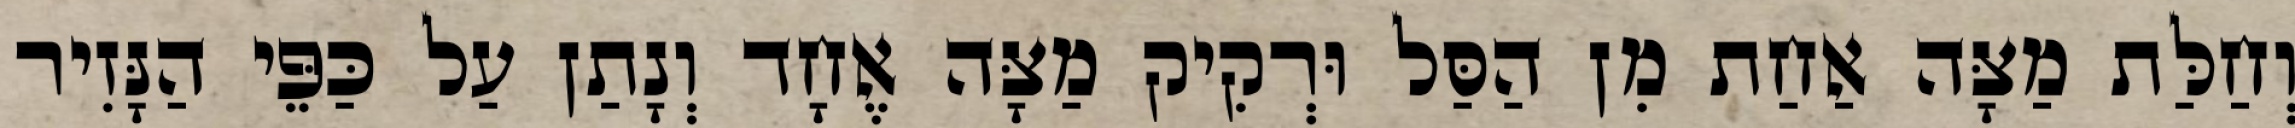
וְחַלַּת מַצָּה אַחַת מִן הַסַּל וּרְקִיק מַצָּה אֶחָד וְנָתַן עַל כַּפֵּי הַנָּזִיר